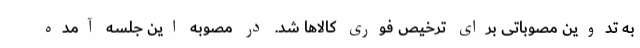
به تدوین مصوباتی برای ترخیص فوری کالاها شد. در مصوبه ‌این جلسه آمده